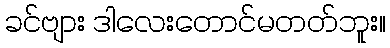
ခင်ဗျား ဒါလေးတောင်မတတ်ဘူး။